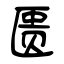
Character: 匮